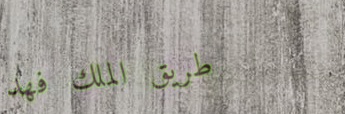
طريق الملك فهد